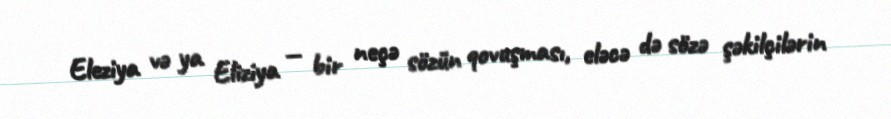
Eleziya və ya Eliziya — bir neçə sözün qovuşması, eləcə də sözə şəkilçilərin